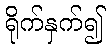
ရိုက်နှက်၍